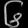
Digit: ၆